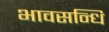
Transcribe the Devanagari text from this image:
भावसन्धि